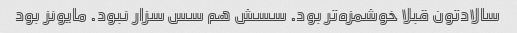
سالادتون قبلا خوشمزه‌تر بود. سسش هم سس سزار نبود. مایونز بود